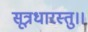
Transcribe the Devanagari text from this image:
सूत्रधारस्तु।।